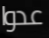
عدوا